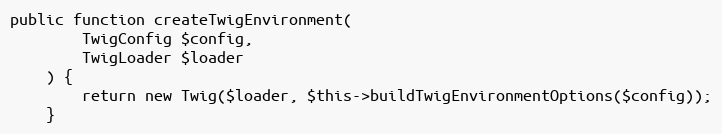
Language: PHP
public function createTwigEnvironment(
        TwigConfig $config,
        TwigLoader $loader
    ) {
        return new Twig($loader, $this->buildTwigEnvironmentOptions($config));
    }